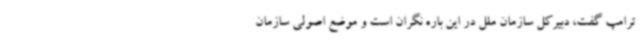
ترامپ گفت، دبیرکل سازمان ملل در این باره نگران است و موضع اصولی سازمان